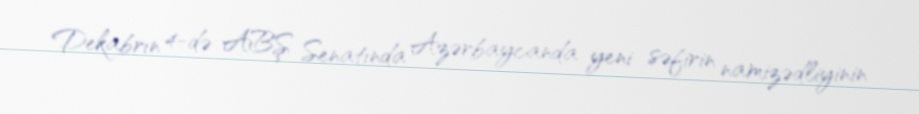
Dekabrın 4-də ABŞ Senatında Azərbaycanda yeni səfirin namizədliyinin